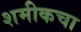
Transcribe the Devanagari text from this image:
शमीकचा